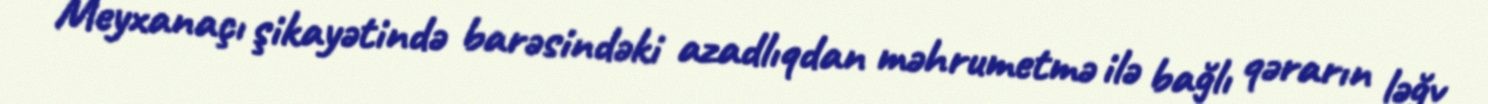
Meyxanaçı şikayətində barəsindəki azadlıqdan məhrumetmə ilə bağlı qərarın ləğv